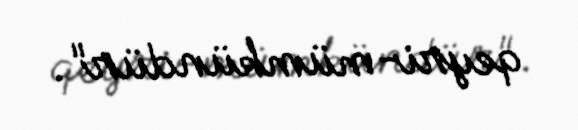
qeyri-mümkündür".